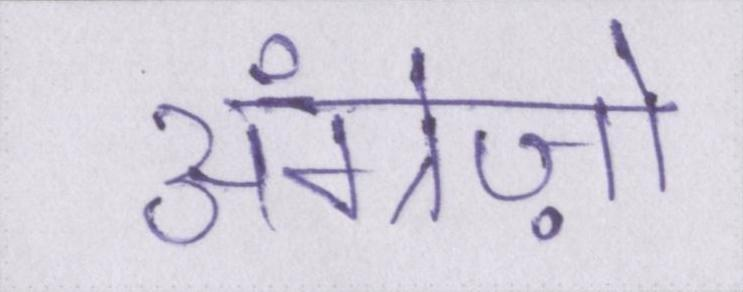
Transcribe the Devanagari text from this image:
अंग्रेज़ो